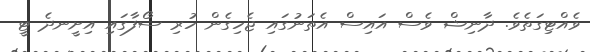
ވެއްޓިގަތެވެ. ދާނިޝް ވެސް އައިސް އެތަނުގައި ޖެހިގެން ހުރި ސޯފާގައި އިށީނދެ ޓީ